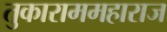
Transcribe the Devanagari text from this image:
तुकाराममहाराज